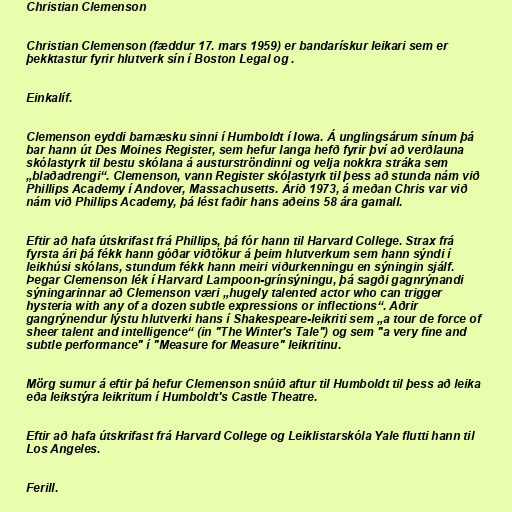
Christian Clemenson

Christian Clemenson (fæddur 17. mars 1959) er bandarískur leikari sem er
þekktastur fyrir hlutverk sín í Boston Legal og .

Einkalíf.

Clemenson eyddi barnæsku sinni í Humboldt í Iowa. Á unglingsárum sínum þá
bar hann út Des Moines Register, sem hefur langa hefð fyrir því að verðlauna
skólastyrk til bestu skólana á austurströndinni og velja nokkra stráka sem
„blaðadrengi“. Clemenson, vann Register skólastyrk til þess að stunda nám við
Phillips Academy í Andover, Massachusetts. Árið 1973, á meðan Chris var við
nám við Phillips Academy, þá lést faðir hans aðeins 58 ára gamall.

Eftir að hafa útskrifast frá Phillips, þá fór hann til Harvard College. Strax frá
fyrsta ári þá fékk hann góðar viðtökur á þeim hlutverkum sem hann sýndi í
leikhúsi skólans, stundum fékk hann meiri viðurkenningu en sýningin sjálf.
Þegar Clemenson lék í Harvard Lampoon-grínsýningu, þá sagði gagnrýnandi
sýningarinnar að Clemenson væri „hugely talented actor who can trigger
hysteria with any of a dozen subtle expressions or inflections“. Aðrir
gangrýnendur lýstu hlutverki hans í Shakespeare-leikriti sem „a tour de force of
sheer talent and intelligence“ (in "The Winter's Tale") og sem "a very fine and
subtle performance" í "Measure for Measure" leikritinu.

Mörg sumur á eftir þá hefur Clemenson snúið aftur til Humboldt til þess að leika
eða leikstýra leikritum í Humboldt's Castle Theatre.

Eftir að hafa útskrifast frá Harvard College og Leiklistarskóla Yale flutti hann til
Los Angeles.

Ferill.